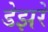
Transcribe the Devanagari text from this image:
डेझरे